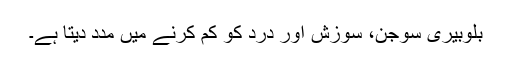
بلوبیری سوجن، سوزش اور درد کو کم کرنے میں مدد دیتا ہے۔